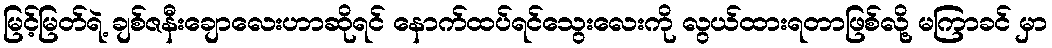
မြင့်မြတ်ရဲ့ ချစ်ဇနီးချောလေးဟာဆိုရင် နောက်ထပ်ရင်သွေးလေးကို လွယ်ထားရတာဖြစ်လို့ မကြာခင် မှာ